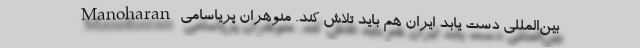
بین‌المللی دست یابد ایران هم باید تلاش کند. منوهران پریاسامی Manoharan